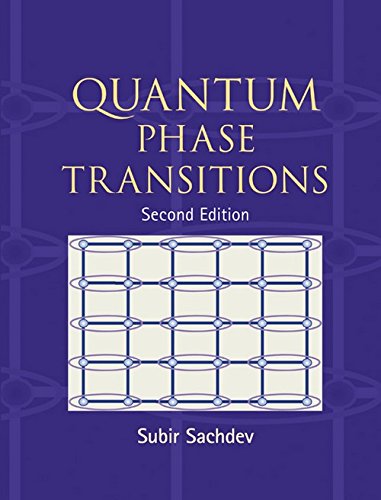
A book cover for Quantum Phase Transitions; Subir Sachdev; Science & Math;